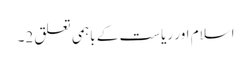
اسلام اور ریاست کے باہمی تعلق 2۔